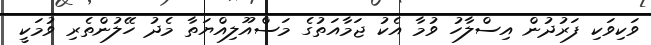
ވަކިވަކި ފަރުދުން އިސްލާހު ވުމާ އެކު ޖަމާއަތުގެ މަސްއޫލިއްޔަތާ މެދު ހޭލުންތެރި ވުމަކީ